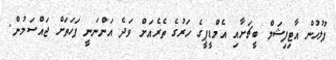
ފުލުހުން އާޓިފިޝަލް ބީޗަށާއި އެމްޑީޕީގެ ހަރުގެ ތެރެއަށް ވަދެ އަންނަނީ ފަހަތަށް ޖައްސަމުން.